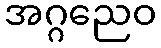
အဂ္ဂညေဝ